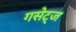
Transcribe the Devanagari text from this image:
गसेट्ज